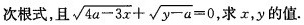
次根式，且 $$\sqrt { 4 a - 3 x } + \sqrt { y - a } = 0$$ ，求x，y的值.